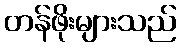
တန်ဖိုးများသည်